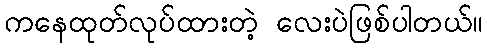
ကနေထုတ်လုပ်ထားတဲ့ လေးပဲဖြစ်ပါတယ်။